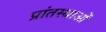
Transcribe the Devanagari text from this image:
प्रांतस्थाओं